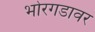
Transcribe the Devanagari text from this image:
भोरगडावर